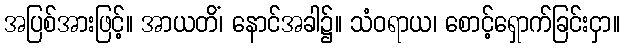
အပြစ်အားဖြင့်။ အာယတိံ၊ နောင်အခါ၌။ သံဝရာယ၊ စောင့်ရှောက်ခြင်းငှာ။